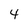
Character: 4